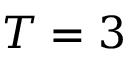
T = 3